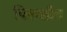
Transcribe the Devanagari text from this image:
पिलछाँव